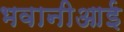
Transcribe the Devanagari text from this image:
भवानीआई